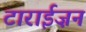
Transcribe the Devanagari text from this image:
टाराईज़न